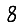
Digit: 8